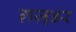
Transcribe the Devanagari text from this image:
ग़ज़्डर